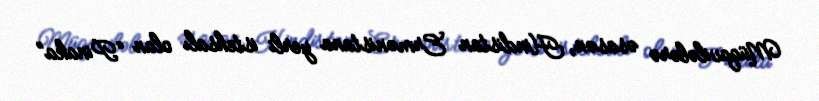
Müqavilələrə əsasən, Hindistan Ermənistana yerli istehsalı olan “Pinaka”